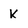
Character: k